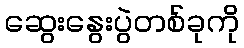
ဆွေးနွေးပွဲတစ်ခုကို